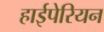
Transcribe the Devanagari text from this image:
हाईपेरियन